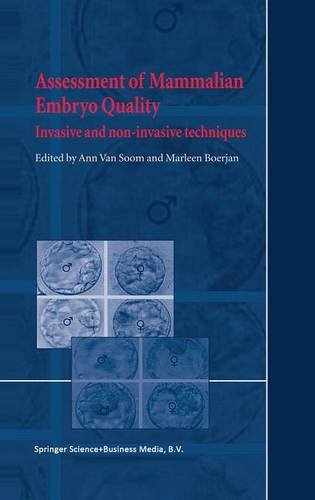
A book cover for Assessment of Mammalian Embryo Quality: Invasive and non-invasive techniques; Medical Books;